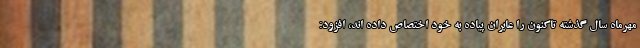
مهرماه سال گذشته تاکنون را عابران پیاده به خود اختصاص داده اند، افزود: